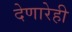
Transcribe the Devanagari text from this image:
देणारेही